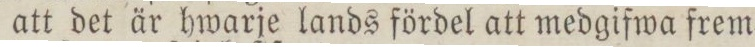
att det är hwarje lands fördel att medgifwa frem=